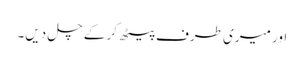
اور میری طرف پیٹھ کر کے چل دیں۔